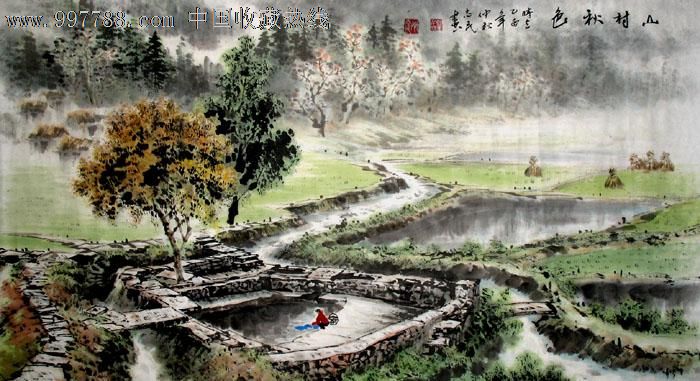
门外子规啼未休，山村落日梦悠悠。